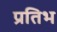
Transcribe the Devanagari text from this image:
प्रतिभ